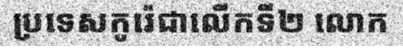
ប្រទេសកូរ៉េជាលើកទី២ លោក